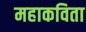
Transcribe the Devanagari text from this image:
महाकविता